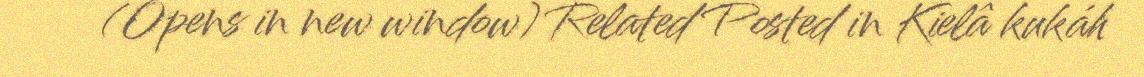
(Opens in new window) Related Posted in Kielâ kukáh